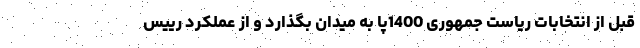
قبل از انتخابات ریاست جمهوری 1400پا به میدان بگذارد و از عملکرد رییس